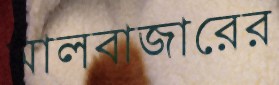
মালবাজারের